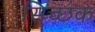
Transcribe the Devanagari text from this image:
सिच्‍छक